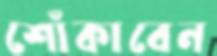
শোঁকাবেন